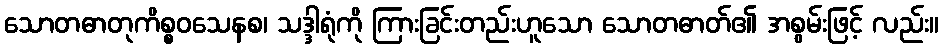
သောတဓာတုကိစ္စဝသေနစ၊ သဒ္ဒါရုံကို ကြားခြင်းတည်းဟူသော သောတဓာတ်၏ အစွမ်းဖြင့် လည်း။